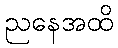
ညနေအထိ